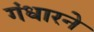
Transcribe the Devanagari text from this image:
गंधारने